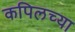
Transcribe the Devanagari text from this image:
कपिलच्या